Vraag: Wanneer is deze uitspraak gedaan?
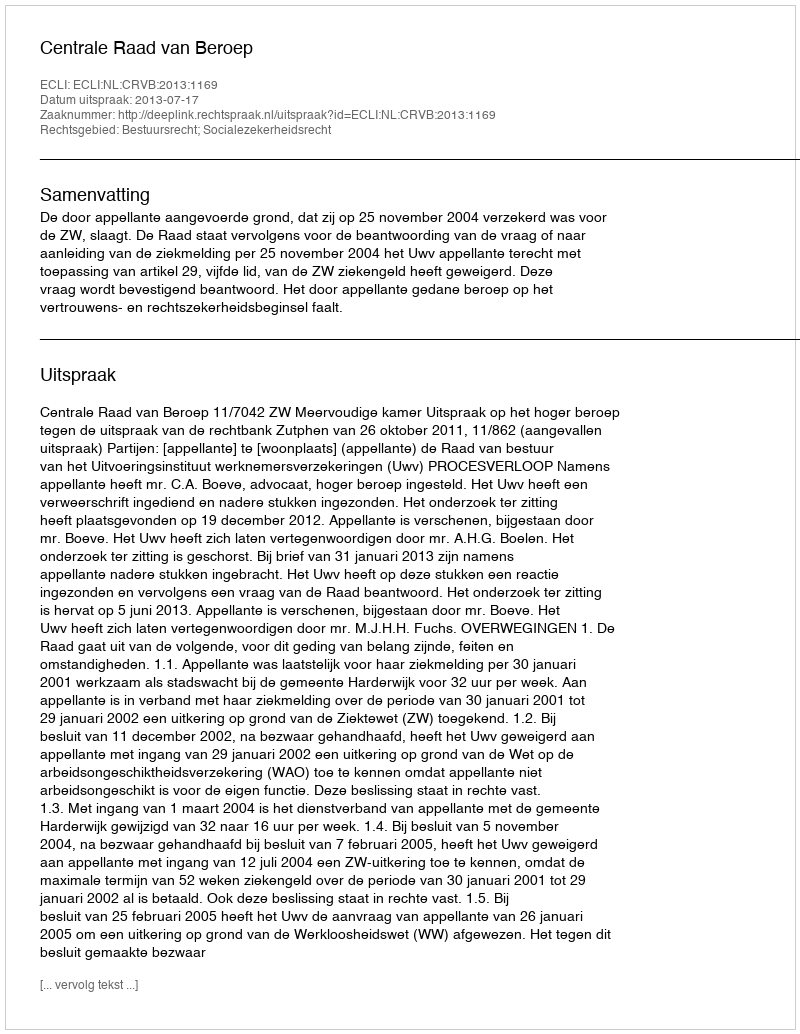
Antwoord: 2013-07-17